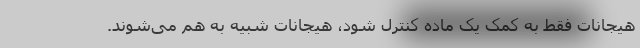
هیجانات فقط به کمک یک ماده کنترل شود، هیجانات شبیه به هم می‌شوند.